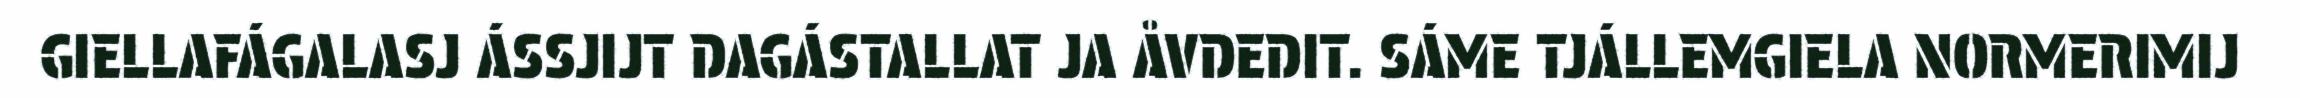
GIELLAFÁGALASJ ÁSSJIJT DAGÁSTALLAT JA ÅVDEDIT. SÁME TJÁLLEMGIELA NORMERIMIJ